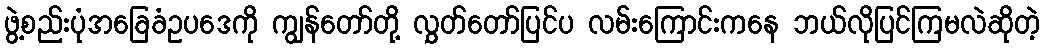
ဖွဲ့စည်းပုံအခြေခံဥပဒေကို ကျွန်တော်တို့ လွှတ်တော်ပြင်ပ လမ်းကြောင်းကနေ ဘယ်လိုပြင်ကြမလဲဆိုတဲ့